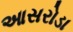
આસરોડા